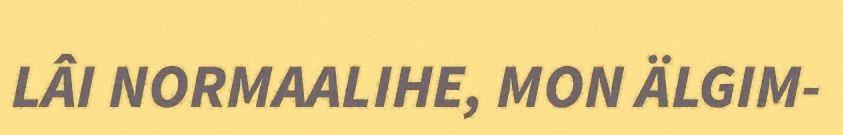
LÂI NORMAALIHE, MON ÄLGIM-